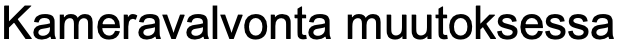
Kameravalvonta muutoksessa